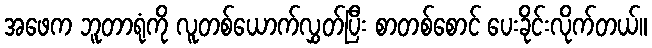
အဖေက ဘူတာရုံကို လူတစ်ယောက်လွှတ်ပြီး စာတစ်စောင် ပေးခိုင်းလိုက်တယ်။